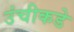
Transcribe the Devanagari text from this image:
उंचीकडे